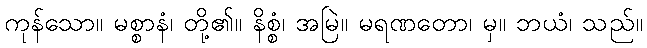
ကုန်သော။ မစ္စာနံ၊ တို့၏။ နိစ္စံ၊ အမြဲ။ မရဏတော၊ မှ။ ဘယံ၊ သည်။